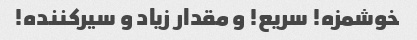
خوشمزه! سریع! و مقدار زیاد و سیرکننده!